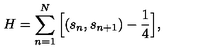
H = \sum _ { n = 1 } ^ { N } \Big [ ( s _ { n } , s _ { n + 1 } ) - \frac { 1 } { 4 } \Big ] ,